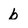
Character: b